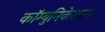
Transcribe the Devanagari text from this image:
कॉम्युनिकेशन्स